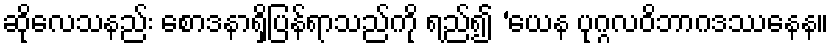
ဆိုလေသနည်း စောဒနာရှိပြန်ရာသည်ကို ရည်၍ ‘ယေန ပုဂ္ဂလဝိဘာဂဒဿနေန။